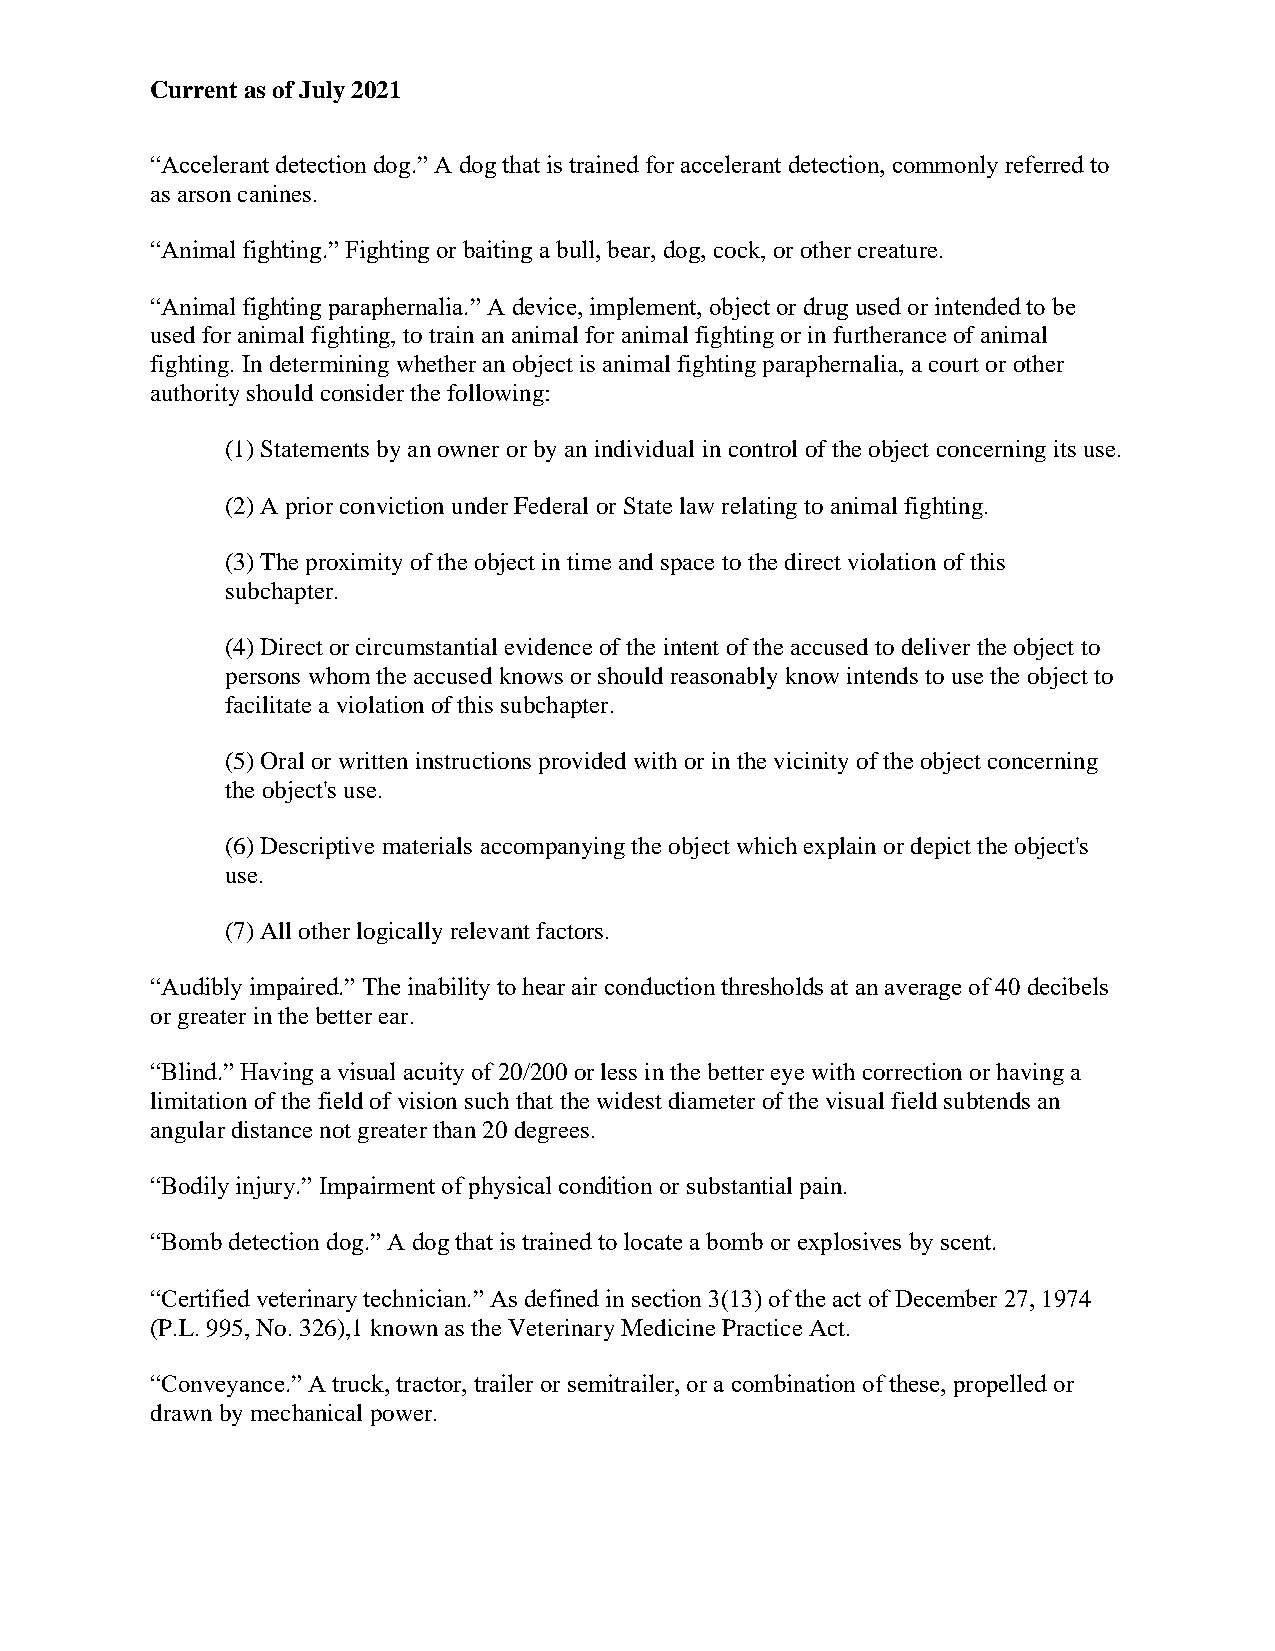
Current as of July 2021
 “Accelerant detection dog.” A dog that is trained for accelerant detection, commonly referred to
 as arson canines.
 “Animal fighting.” Fighting or baiting a bull, bear, dog, cock, or other creature.
 “Animal fighting paraphernalia.” A device, implement, object or drug used or intended to be
 used for animal fighting, to train an animal for animal fighting or in furtherance of animal
 fighting. In determining whether an object is animal fighting paraphernalia, a court or other
 authority should consider the following:
 (1) Statements by an owner or by an individual in control of the object concerning its use.
 (2) A prior conviction under Federal or State law relating to animal fighting.
 (3) The proximity of the object in time and space to the direct violation of this
 subchapter.
 (4) Direct or circumstantial evidence of the intent of the accused to deliver the object to
 persons whom the accused knows or should reasonably know intends to use the object to
 facilitate a violation of this subchapter.
 (5) Oral or written instructions provided with or in the vicinity of the object concerning
 the object's use.
 (6) Descriptive materials accompanying the object which explain or depict the object's
 use.
 (7) All other logically relevant factors.
 “Audibly impaired.” The inability to hear air conduction thresholds at an average of 40 decibels
 or greater in the better ear.
 “Blind.” Having a visual acuity of 20/200 or less in the better eye with correction or having a
 limitation of the field of vision such that the widest diameter of the visual field subtends an
 angular distance not greater than 20 degrees.
 “Bodily injury.” Impairment of physical condition or substantial pain.
 “Bomb detection dog.” A dog that is trained to locate a bomb or explosives by scent.
 “Certified veterinary technician.” As defined in section 3(13) of the act of December 27, 1974
 (P.L. 995, No. 326),1 known as the Veterinary Medicine Practice Act.
 “Conveyance.” A truck, tractor, trailer or semitrailer, or a combination of these, propelled or
 drawn by mechanical power.